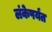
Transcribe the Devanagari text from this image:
लंकेपर्यंत